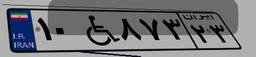
۱۰W۸۷۳۲۳